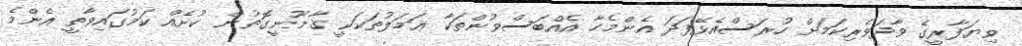
ވިޔަފާރީގެ ވާދަވެރިކަމަށް ހުރަސްއެޅޭފަދަ އެންމެހާ އެއްބަސްވުންތަކާ ޢަމަލުތަކަކީ ޤާނޫނީގޮތުން ކުށެއް ކަމުގައިވާތީ އެންމެ